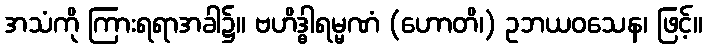
အသံကို ကြားရရာအခါ၌။ ဗဟိဒ္ဓါရမ္မဏံ (ဟောတိ၊) ဥဘယဝသေန၊ ဖြင့်။